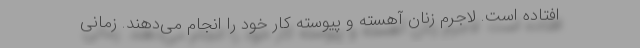
افتاده است. لاجرم زنان آهسته و پیوسته کار خود را انجام می‌دهند. زمانی